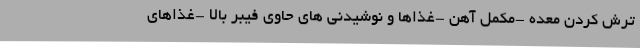
ترش کردن معده -مکمل آهن -غذاها و نوشیدنی های حاوی فیبر بالا -غذاهای